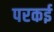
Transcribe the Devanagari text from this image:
परकई